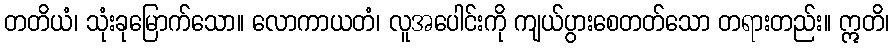
တတိယံ၊ သုံးခုမြောက်သော။ လောကာယတံ၊ လူအပေါင်းကို ကျယ်ပွားစေတတ်သော တရားတည်း။ ဣတိ၊